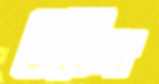
উঠিল